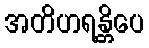
အတိဟရန္တိပေ